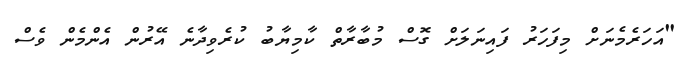
"އަހަރެމެނަށް މިފަހަރު ފައިނަލަށް ގޮސް މުބާރާތް ކާމިޔާބު ކުރެވިދާނެ އޭރުން އެންމެން ވެސް